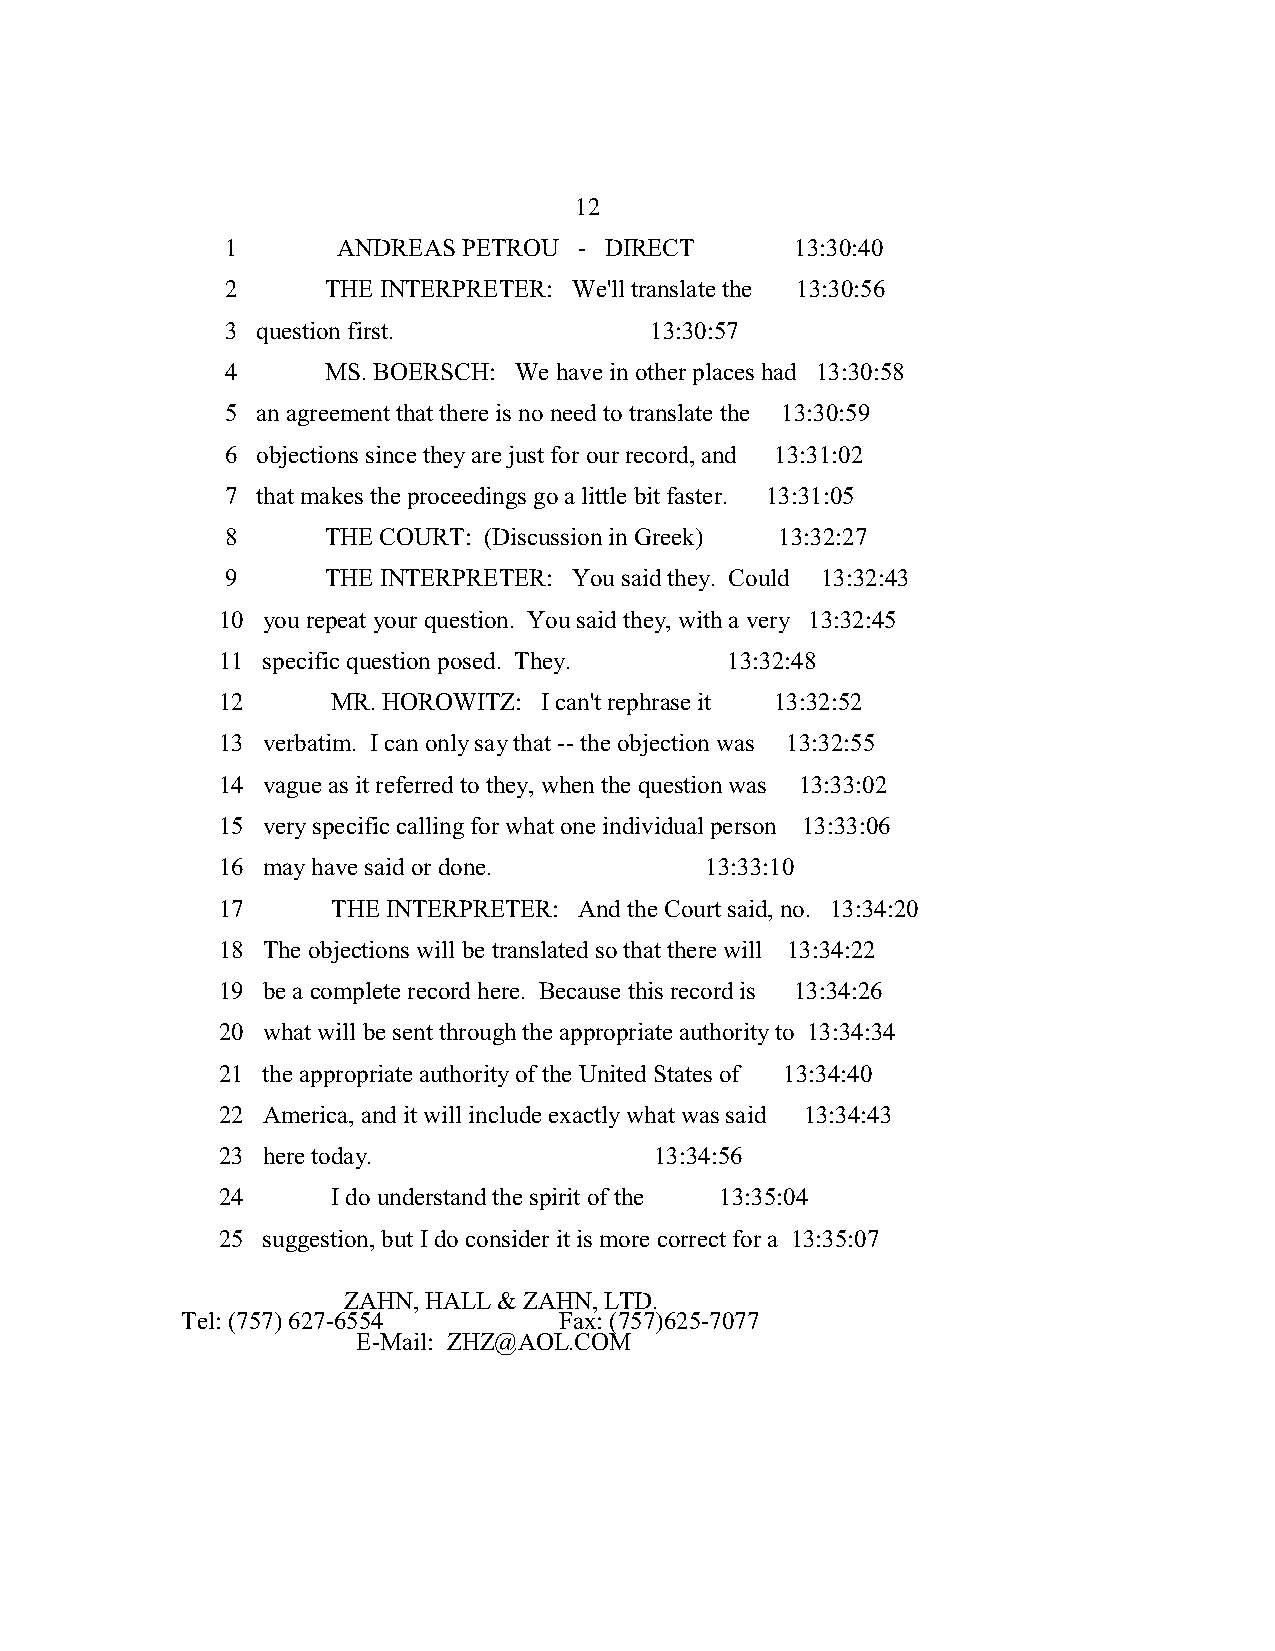
12
 1      ANDREAS  PETROU - DIRECT       13:30:40
 2      THE INTERPRETER: We'll translate the 13:30:56
 3 question first.           13:30:57
 4      MS. BOERSCH: We have in other places had 13:30:58
 5 an agreement that there is no need to translate the 13:30:59
 6 objections since they are just for our record, and 13:31:02
 7 that makes the proceedings go a little bit faster. 13:31:05
 8      THE COURT: (Discussion in Greek) 13:32:27
 9      THE INTERPRETER: You said they. Could 13:32:43
 10 you repeat your question. You said they, with a very 13:32:45
 11 specific question posed. They. 13:32:48
 12      MR. HOROWITZ: I can't rephrase it 13:32:52
 13 verbatim. I can only say that -- the objection was 13:32:55
 14 vague as it referred to they, when the question was 13:33:02
 15 very specific calling for what one individual person 13:33:06
 16 may have said or done.        13:33:10
 17      THE INTERPRETER: And the Court said, no. 13:34:20
 18 The objections will be translated so that there will 13:34:22
 19 be a complete record here. Because this record is 13:34:26
 20 what will be sent through the appropriate authority to 13:34:34
 21 the appropriate authority of the United States of 13:34:40
 22 America, and it will include exactly what was said 13:34:43
 23 here today.               13:34:56
 24      I do understand the spirit of the 13:35:04
 25 suggestion, but I do consider it is more correct for a 13:35:07
 ZAHN, HALL & ZAHN, LTD.
 Tel: (757) 627-6554      Fax: (757)625-7077
 E-Mail: ZHZ@AOL.COM